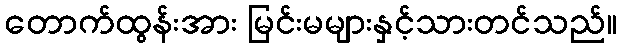
တောက်ထွန်းအား မြင်းမများနှင့်သားတင်သည်။